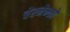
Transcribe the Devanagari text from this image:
चेरनेन्को